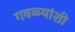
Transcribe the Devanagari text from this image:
गवळ्यांशी